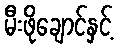
မီးဖိုချောင်နှင့်